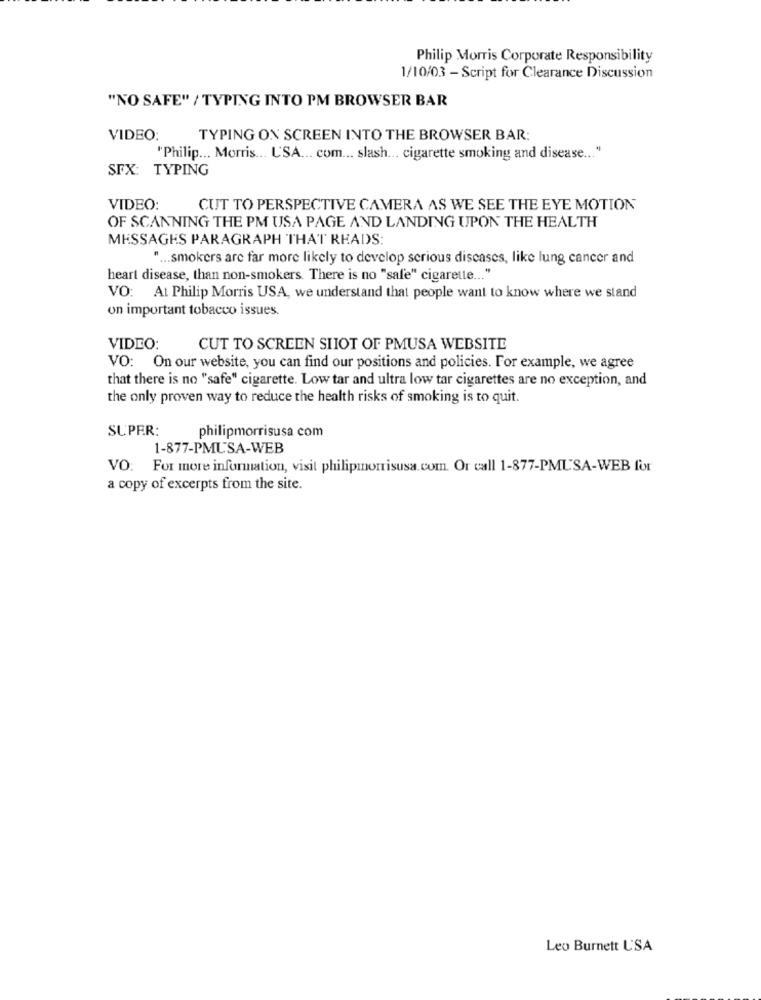
Philip Morris Corporate Responsibility
1/10/03 - Script for Clearance Discussion
"NO SAFE" / TYPING INTO PM BROWSER BAR
VIDEO:
TYPING ON SCREEN INTO THE BROWSER BAR:
"Philip ... Morris ... USA ... com ... slash ... cigarette smoking and disease ... "
SFX: TYPING
VIDEO:
CUT TO PERSPECTIVE CAMERA AS WE SEE THE EYE MOTION
OF SCANNING THE PM USA PAGE AND LANDING UPON THE HEALTH
MESSAGES PARAGRAPH THAT READS:
" ... smokers are far more likely to develop serious diseases, like lung cancer and
heart disease, than non-smokers. There is no "safe" cigarette ... "
VO: At Philip Morris USA, we understand that people want to know where we stand
on important tobacco issues.
VIDEO:
CUT TO SCREEN SHOT OF PMUSA WEBSITE
VO: On our website, you can find our positions and policies. For example, we agree
that there is no "safe" cigarette. Low tar and ultra low tar cigarettes are no exception, and
the only proven way to reduce the health risks of smoking is to quit.
SUPER:
philipmorrisusa com
1-877-PMUSA-WEB
VO: For more information, visit philipmorrisusa. com. Or call 1-877-PMUSA-WEB for
a copy of excerpts from the site.
Leo Burnett USA